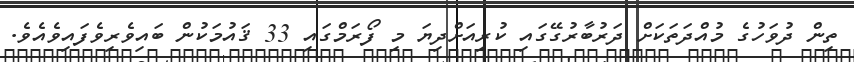
ތިން ދުވަހުގެ މުއްދަތަކަށް ދަރުބާރުގޭގައި ކުރިއަށްދިޔަ މި ފޯރަމްގައި 33 ޤައުމަކުން ބައިވެރިވެފައިވެއެވެ.